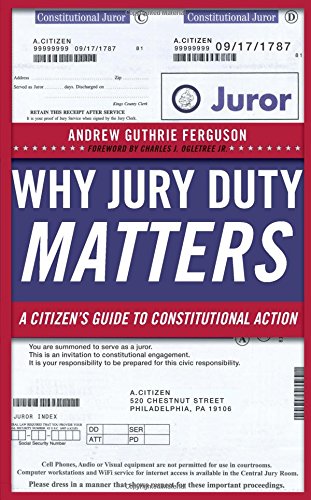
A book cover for Why Jury Duty Matters: A Citizen's Guide to Constitutional Action; Andrew Guthrie Ferguson; Law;